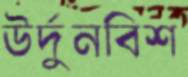
উর্দুনবিশ